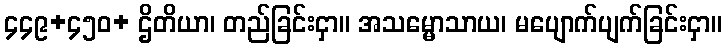
၄၄၉+၄၅၀+ ဌိတိယာ၊ တည်ခြင်းငှာ။ အသမ္မောသာယ၊ မပျောက်ပျက်ခြင်းငှာ။